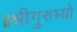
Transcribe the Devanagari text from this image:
॥श्रीगुरुभ्यो